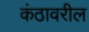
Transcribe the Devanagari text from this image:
कंठावरील